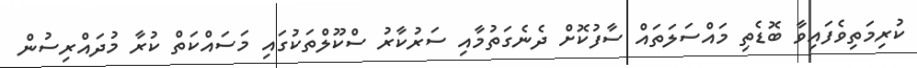
ކުރިމަތިވެފައިވާ ބޮޑެތި މައްސަލަތައް ސާފުކޮށް ދެނެގަތުމާއި ސަރުކާރު ސްކޫލްތަކުގައި މަސައްކަތް ކުރާ މުދައްރިސުން